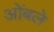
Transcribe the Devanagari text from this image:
ओंबले